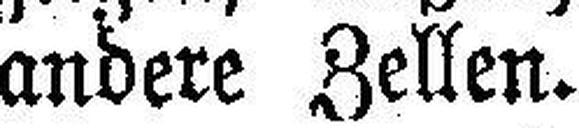
andere Zellen.